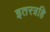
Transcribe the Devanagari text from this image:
इतरत्रहि